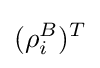
(\rho _{i}^{B})^{T}